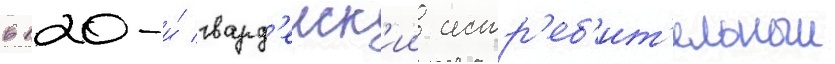
в 120-и́ гвард'еиск'ии истр'еб'ит'ельныи